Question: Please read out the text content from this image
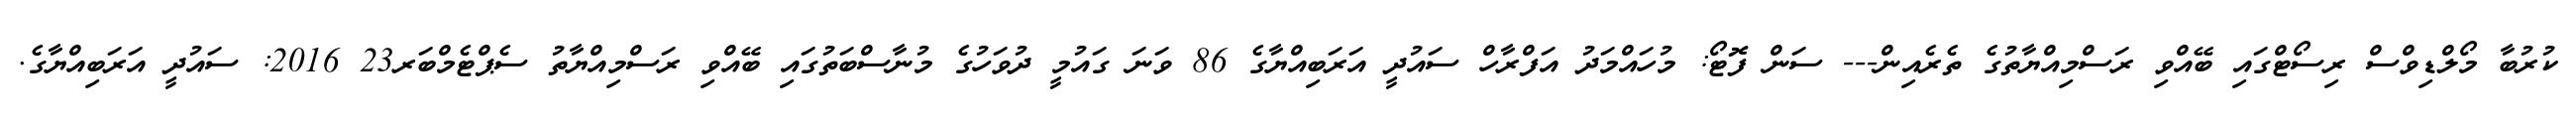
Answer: ކުރުބާ މޯލްޑިވްސް ރިސޯޓްގައި ބޭއްވި ރަސްމިއްޔާތުގެ ތެރެއިން--- ސަން ފޮޓޯ: މުހައްމަދު އަފްރާހް ސައުދީ އަރަބިއްޔާގެ 86 ވަނަ ގައުމީ ދުވަހުގެ މުނާސްބަތުގައި ބޭއްވި ރަސްމިއްޔާތު ސެޕްޓެމްބަރ23 2016: ސައުދީ އަރަބިއްޔާގެ.